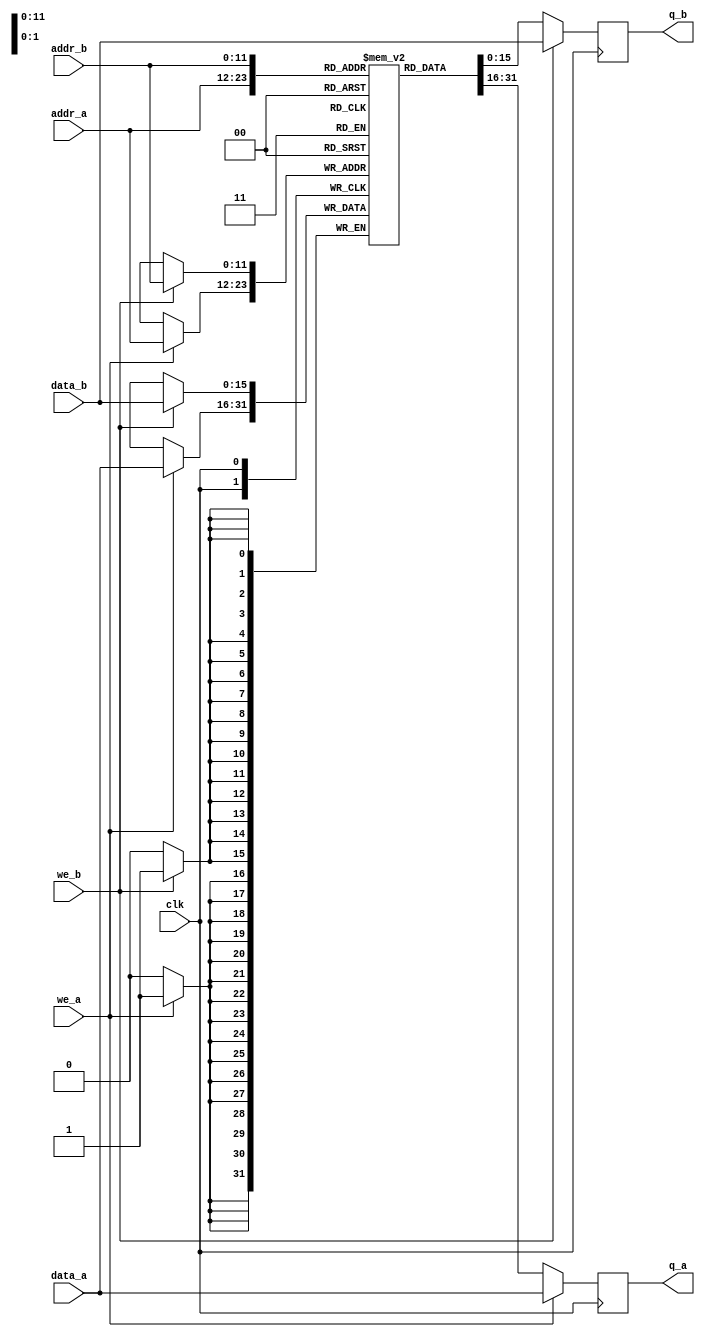
module dpsram
    #(parameter SIZE=4096,
    parameter DATA_WIDTH=16,
    parameter ADDR_WIDTH=$clog2(SIZE),
    parameter ENABLE_INIT=0,
    parameter INIT_FILE="")

    (input                          clk,
    input[ADDR_WIDTH - 1:0]         addr_a,
    output reg[DATA_WIDTH - 1:0]    q_a,
    input                           we_a,
    input[DATA_WIDTH - 1:0]         data_a,
    input[ADDR_WIDTH - 1:0]         addr_b,
    output reg[DATA_WIDTH - 1:0]    q_b,
    input                           we_b,
    input[DATA_WIDTH - 1:0]         data_b);

    reg[DATA_WIDTH - 1:0] data[0:SIZE - 1];
    integer i;
    
    initial
    begin
        for (i = 0; i < SIZE; i = i + 1)
            data[i] = 0;
            
        q_a = 0;
        q_b = 0;
        
        if (ENABLE_INIT)
            $readmemh(INIT_FILE, data);
    end

    // Port A
    always @(posedge clk)
    begin
        if (we_a)
        begin
            data[addr_a] <= data_a;     
            q_a <= data_a;
        end
        else
            q_a <= data[addr_a];
    end


    // Port B
    always @(posedge clk)
    begin
        if (we_b)
        begin
            data[addr_b] <= data_b;     
            q_b <= data_b;
        end
        else
            q_b <= data[addr_b];
    end
endmodule